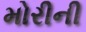
મોરીની